Vaccination United Provinces of Agra and Oudh 1923-1928 - 1923-1928
Year: 1923
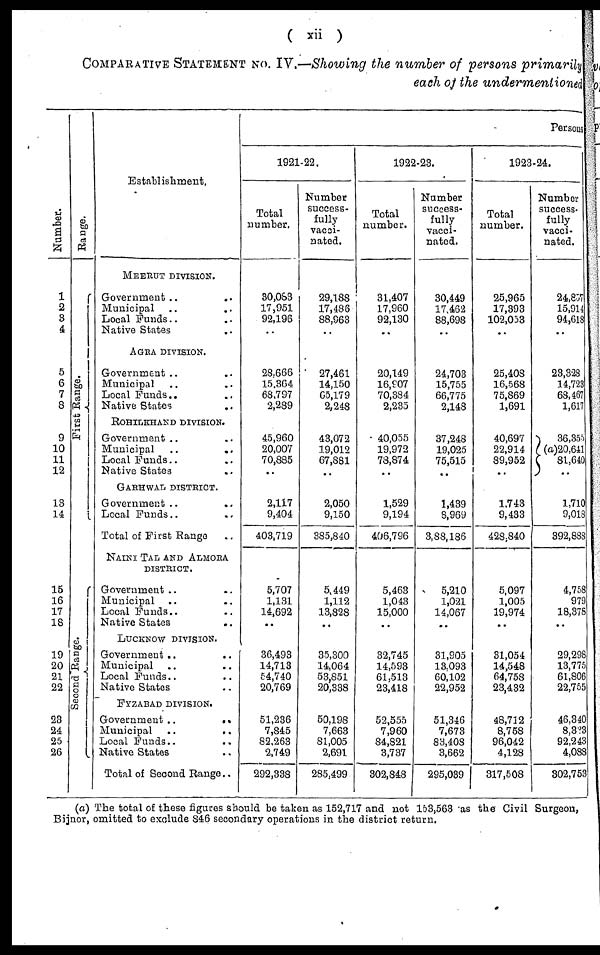
( xii )
COMPARATIVE STATEMENT NO. IV.—Showing the number of persons primarily
each of the undermentioned
Number.
1
2
3
4
5
6
7
8
9
10
11
12
13
14
15
16
17
18
19
20
21
22
23
24
25
26
Range.
First Range.
Second Range.
Establishment.
MEERUT DIVISION.
Government .. ..
Municipal .. ..
Local Funds .. ..
Native States .. ..
AGRA DIVISION.
Government .. ..
Municipal .. ..
Local Funds .. ..
Native States .. ..
ROHILKHAND DIVISION.
Government .. ..
Municipal
..
..
Local Funds .. ..
Native States .. ..
GARHWAL DISTRICT.
Government .. ..
Local Funds.. ..
Total of First Range ..
NAINI TAL AND ALMORA
DISTRICT.
Government .. ..
Municipal .. ..
Local Funds .. ..
Native States
.. ..
LUCKNOW DIVISION.
Government ..
..
Municipal .. ..
Local Funds .. ..
Native States
FYZABAD DIVISION.
Government ..
..
Municipal
..
..
Local Funds .. ..
Native States .. ..
Total of Second Range ..
Persons
1921-22.
Total
number.
30,083
17,951
92,196
..
28,666
15,364
68,797
2,289
45,960
20,007
70,885
..
2,117
9,404
403,719
5,707
1,131
14,692
..
36,493
14,713
54,740
20,769
51,236
7,845
82,263
2,749
292,338
Number
success-
fully
vacci¬
nated.
29,188
17,486
88,963
..
27,461
14,150
65,179
2,248
43,072
19,012
67,881
..
2,050
9,150
385,840
5,449
1,112
13,828
..
35,300
14,064
53,851
20,338
50,198
7,663
81,005
2,691
285,499
1922-23.
Total
number.
31,407
17,960
92,130
..
20,149
16,907
70,384
2,235
40,055
19,972
78,874
..
1,529
9,194
406,796
5,463
1,043
15,000
..
32,745
14,593
61,513
23,418
52,555
7,960
84,821
3,737
302,848
Number
success-
fully
vacci-
nated.
30,449
17,462
88,698
..
24,703
15,755
66,775
2,148
37,248
19,025
75,515
..
1,439
8,969
3,88,186
5,210
1,021
14,067
..
31,905
13,093
60,102
22,952
51,346
7,673
83,408
3,662
295,039
1923-24.
Total
number.
25,965
17,393
102,053
..
25,408
16,568
75,869
1,691
40,697
22,914
89,952
..
1,743
9,433
428,840
5,097
1,005
19,974
..
31,054
14,548
64,758
23,432
48,712
8,758
96,042
4,128
317,508
Number
success-
fully
vacci-
nated.
24,857
15,914
94,618
..
23,328
14,723
68,467
1,617
36,355
(a)20,641
81,640
..
1,710
9,018
392,888
4,758
979
18,378
..
29,298
13,775
61,806
22,755
46,340
8,333
92,243
4,088
302,753
(a) The total of these figures should be taken as 152,717 and not 153,563 as the Civil Surgeon,
Bijnor, omitted to exclude 846 secondary operations in the district return.